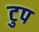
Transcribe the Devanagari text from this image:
टुप